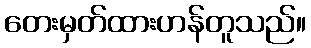
တေးမှတ်ထားဟန်တူသည်။